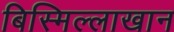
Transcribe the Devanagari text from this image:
बिस्मिल्लाखान